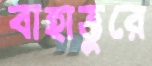
বাহাত্তুরে